Report on vaccination in the Province of Bengal - 1874-1889
Year: 1874
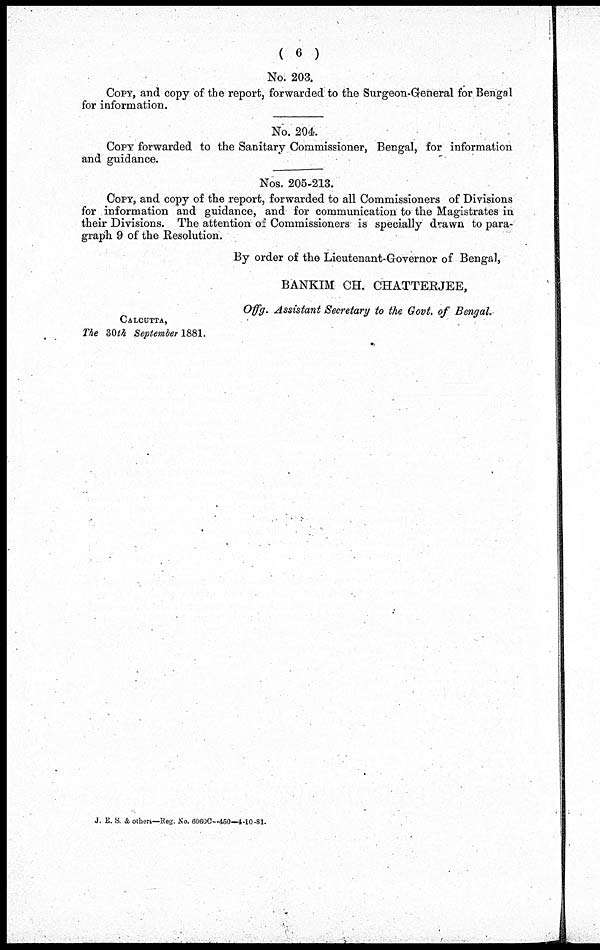
( 6 )
No. 203.
COPY, and copy of the report, forwarded to the Surgeon-General for Bengal
for information.
No. 204.
COPY forwarded to the Sanitary Commissioner, Bengal, for information
and guidance.
Nos. 205-213.
COPY, and copy of the report, forwarded to all Commissioners of Divisions
for , information and guidance, and for communication to the Magistrates in
their Divisions. The attention of Commissioners is specially drawn to para-
graph 9 of the Resolution.
By order of the Lieutenant-Governor of Bengal,
BANKIM CH. CHATTERJEE,
Offg. Assistant Secretary to the Govt of Bengal.
CALCUTTA,
The 30th September 1881
J. E. S. & others—Reg. No. 6060C—450—4-10-81.